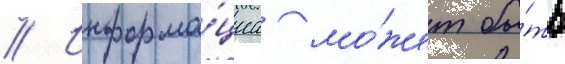
// Информа́циа мо́жет бы́ть